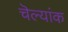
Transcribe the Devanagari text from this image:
चॆल्यांक